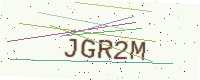
Text: JGR2M